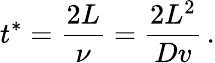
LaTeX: t^{*}=\frac{2L}{\nu}=\frac{2L^{2}}{Dv}\, .